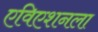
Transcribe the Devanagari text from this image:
एविएशनला